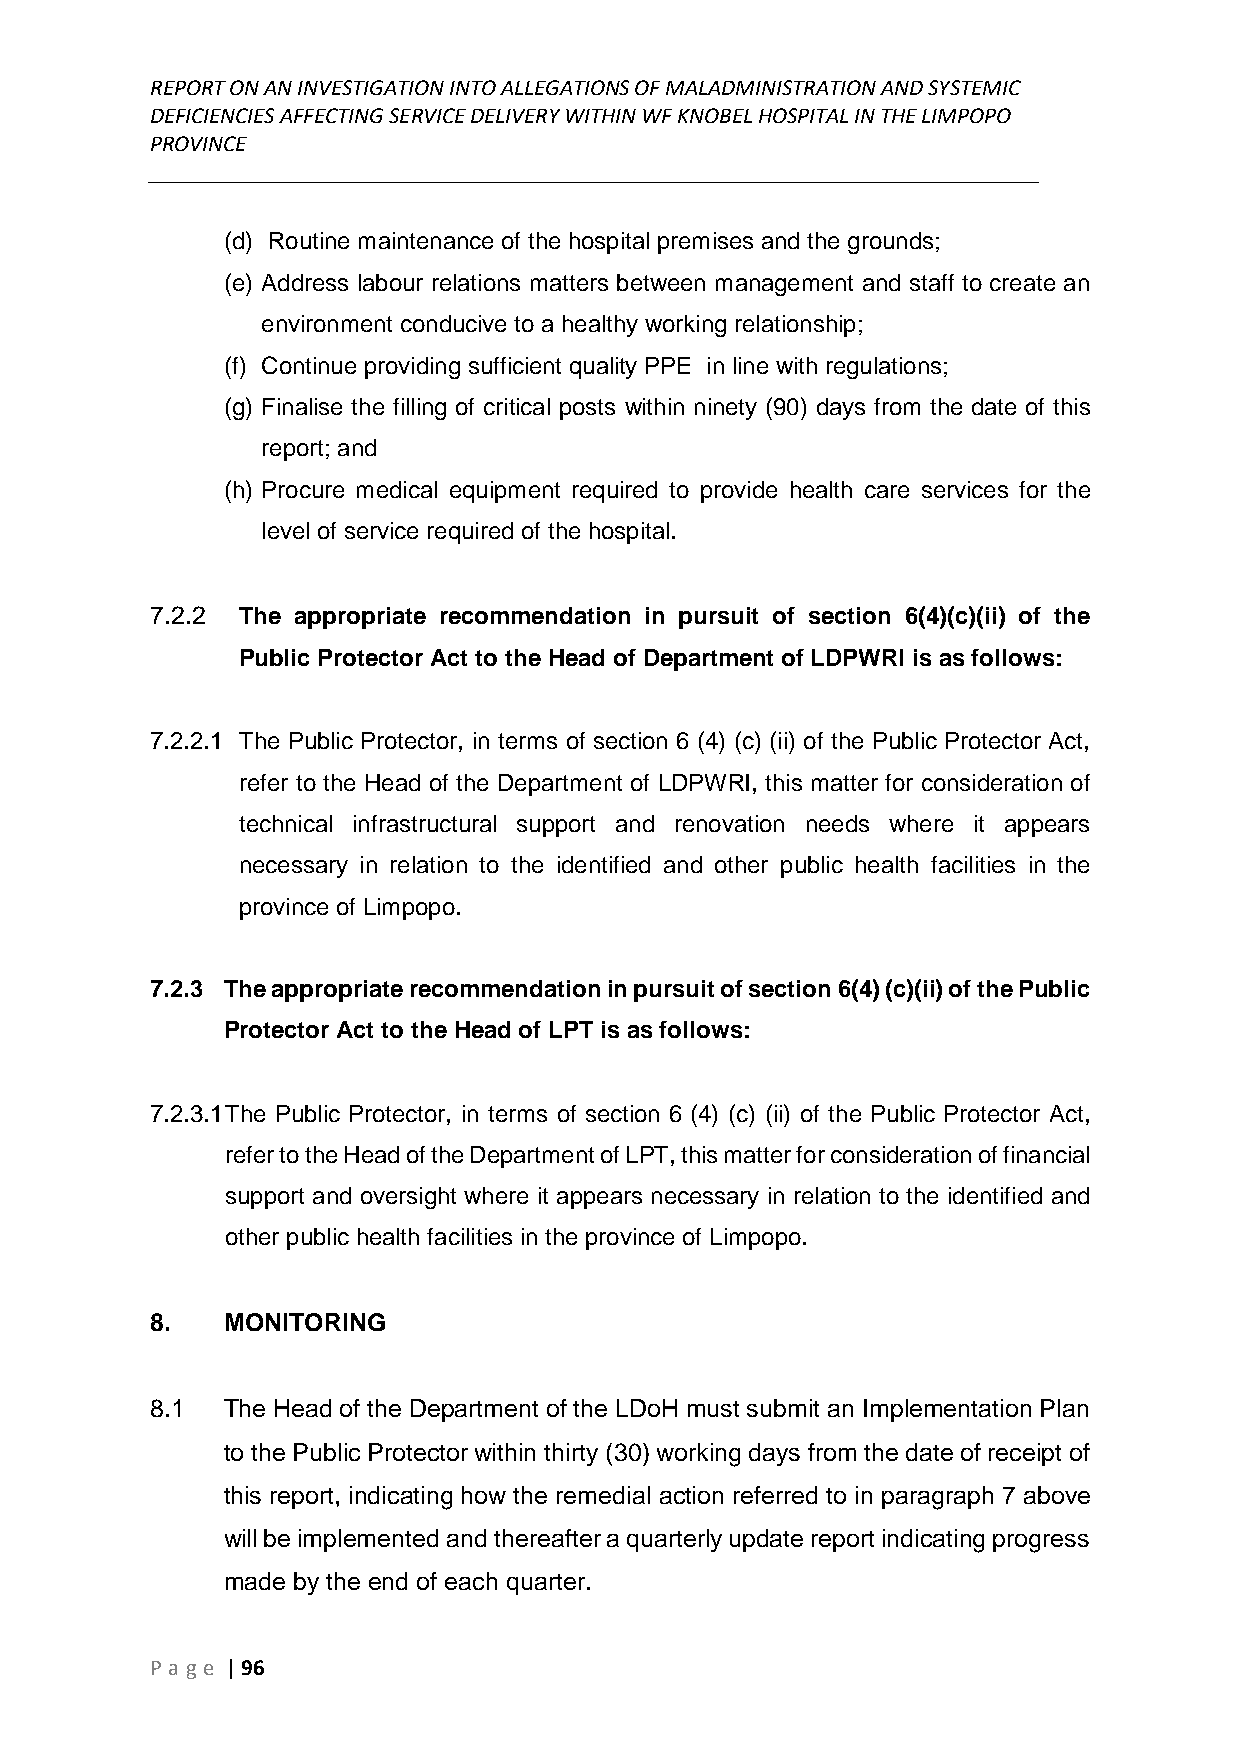
REPORT ON AN INVESTIGATION INTO ALLEGATIONS OF MALADMINISTRATION AND SYSTEMIC
 DEFICIENCIES AFFECTING SERVICE DELIVERY WITHIN WF KNOBEL HOSPITAL IN THE LIMPOPO
 PROVINCE
 ______________________________________________________________________________
 (d) Routine maintenance of the hospital premises and the grounds;
 (e) Address labour relations matters between management and staff to create an
 environment conducive to a healthy working relationship;
 (f) Continue providing sufficient quality PPE in line with regulations;
 (g) Finalise the filling of critical posts within ninety (90) days from the date of this
 report; and
 (h) Procure medical equipment required to provide health care services for the
 level of service required of the hospital.
 7.2.2 The appropriate recommendation in pursuit of section 6(4)(c)(ii) of the
 Public Protector Act to the Head of Department of LDPWRI is as follows:
 7.2.2.1 The Public Protector, in terms of section 6 (4) (c) (ii) of the Public Protector Act,
 refer to the Head of the Department of LDPWRI, this matter for consideration of
 technical infrastructural support and renovation needs where it appears
 necessary in relation to the identified and other public health facilities in the
 province of Limpopo.
 7.2.3 The appropriate recommendation in pursuit of section 6(4) (c)(ii) of the Public
 Protector Act to the Head of LPT is as follows:
 7.2.3.1 The Public Protector, in terms of section 6 (4) (c) (ii) of the Public Protector Act,
 refer to the Head of the Department of LPT, this matter for consideration of financial
 support and oversight where it appears necessary in relation to the identified and
 other public health facilities in the province of Limpopo.
 8.   MONITORING
 8.1  The Head of the Department of the LDoH must submit an Implementation Plan
 to the Public Protector within thirty (30) working days from the date of receipt of
 this report, indicating how the remedial action referred to in paragraph 7 above
 will be implemented and thereafter a quarterly update report indicating progress
 made by the end of each quarter.
 P age | 96